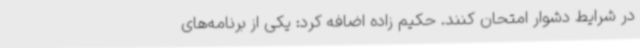
در شرایط دشوار امتحان کنند. حکیم زاده اضافه کرد: یکی از برنامه‌های